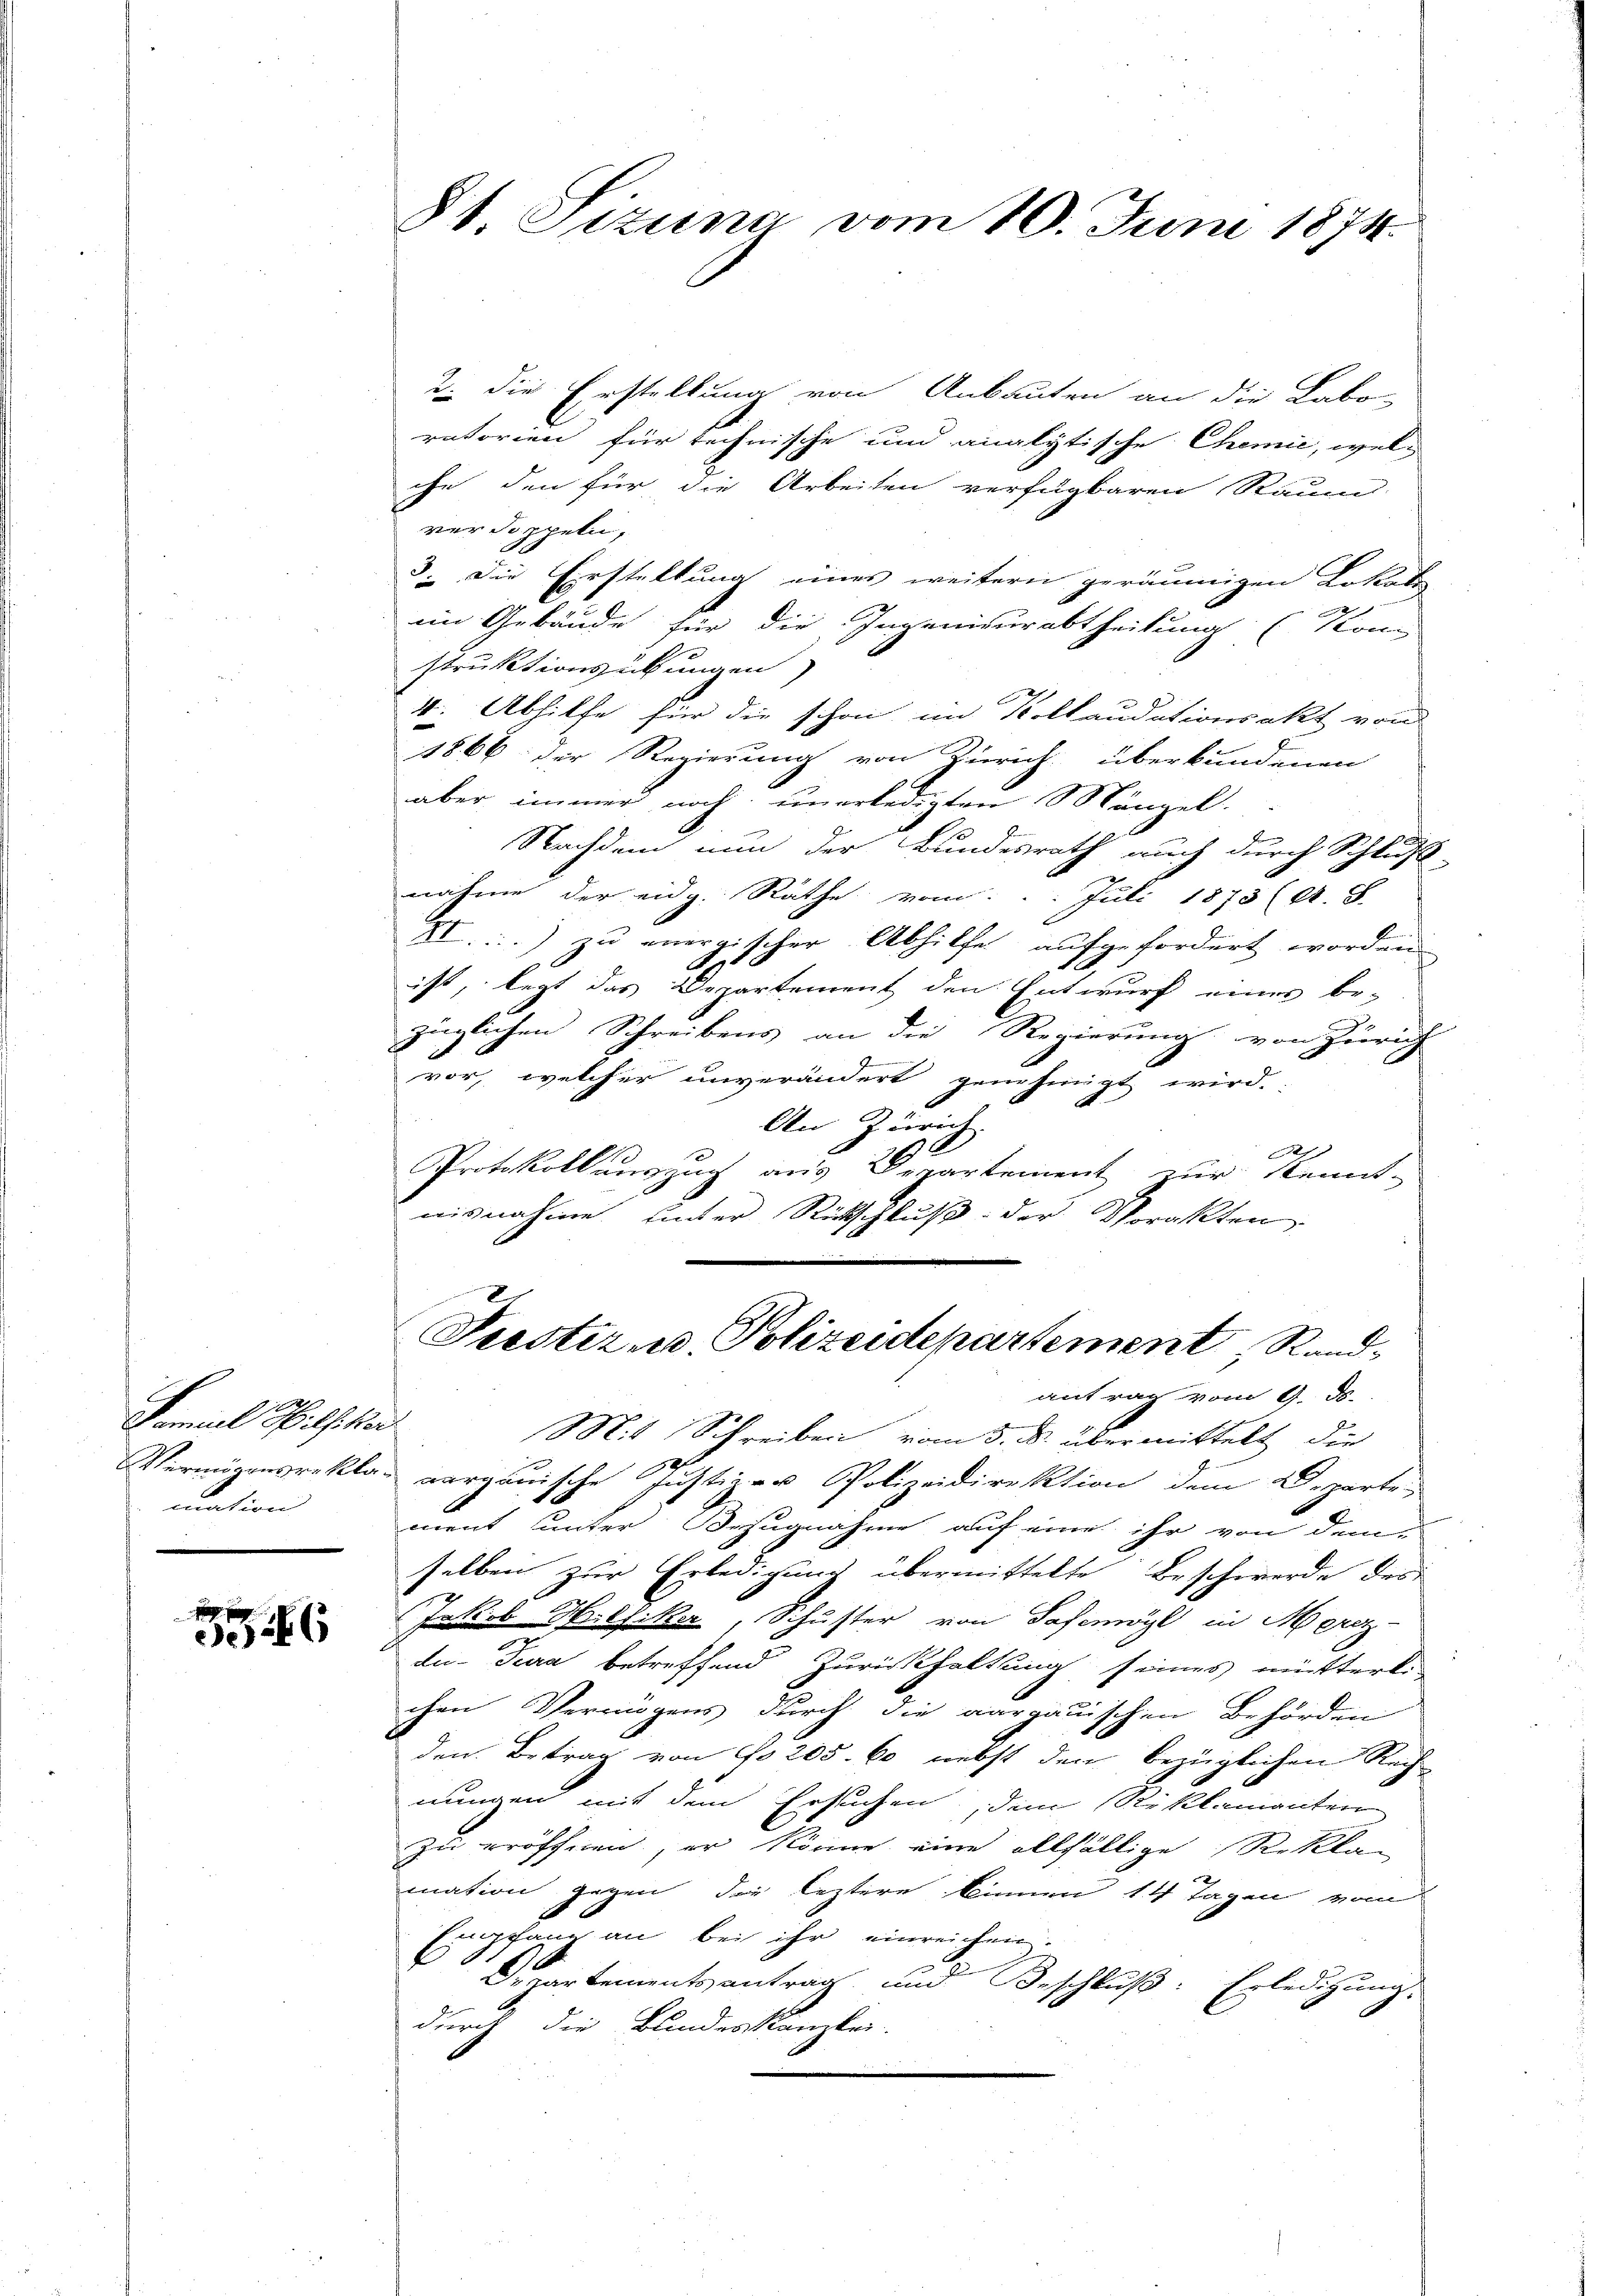
Samuel Hilfskor
mation

n
336

St. Sizung vom 10. Juni 1874.

2. die Erstellung von Anbauten an die Labo-
ratorien für rechnische und analytische Chemie, welc
che den für die Arbeiten verfügbaren Raum-
verdoppeln,
. Die Erstellung eines weitern geräumigen Lokati
im Gebäude für die Ingenieurabtheilung (Kom
struktionsübungen)
V. Abhilfe für die schon im Kollaudationsakt von
1866 der Regierung von Zürich überkundenen
aber immer noch unerledigten Mängel.
Nachdem nun der Bundesrath auch durch Schluß
nahme der eidg. Rathe vom 1. Juli 1873 (A. S.
XI.) zu energischer Abhilfe aufgefordert worden
.
ist, legt das Departement den Entwurf einer be-
züglichen Schreibens an die Regierung von Zürich
vor, welcher unverändert genehmigt wird.
An Zürich
Pes
Protokoll auszug aus Departement zur Kennt-
nisnahme unter Rückschluß der Vorakten

2
Justiz- u. Polizeidepartement Rand¬

antrag vom 9. ds.
Mit Schreiben vom 3. ds. übermittelt die
Vermögensrekla verganische Justizen Polizeidirektion dem Departe

ment unter Bezugnahme auf eine ihr von dem
selben zur Erledigung übermittelte Beschwerde des
Jakob Hilfiker, Schuster von Sahemögl in Merz-
du-Tura betreffend Zurückhaltung seines mütterli
chen Vermögens durch die aargauischen Behörden
den Betrag von No 205. 60 nebst den bezüglichen Rech
nungen mit dem Erstehen, dem Reklamanten
zu eröffnen, er könne eine allfällige Reklag
mation gegen die leztere binnen 14 Tagen vom
Empen bey ihr einreichen
1
Departementsantrag und Beschluß: Erledigung.
durch die Bundeskanzlei.